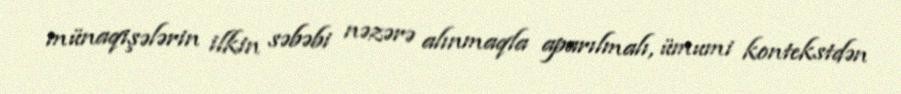
münaqişələrin ilkin səbəbi nəzərə alınmaqla aparılmalı, ümumi kontekstdən